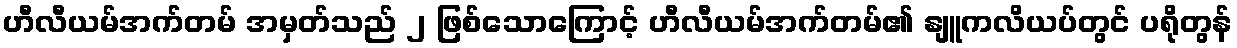
ဟီလီယမ်အက်တမ် အမှတ်သည် ၂ ဖြစ်သောကြောင့် ဟီလီယမ်အက်တမ်၏ နျူကလိယပ်တွင် ပရိုတွန်